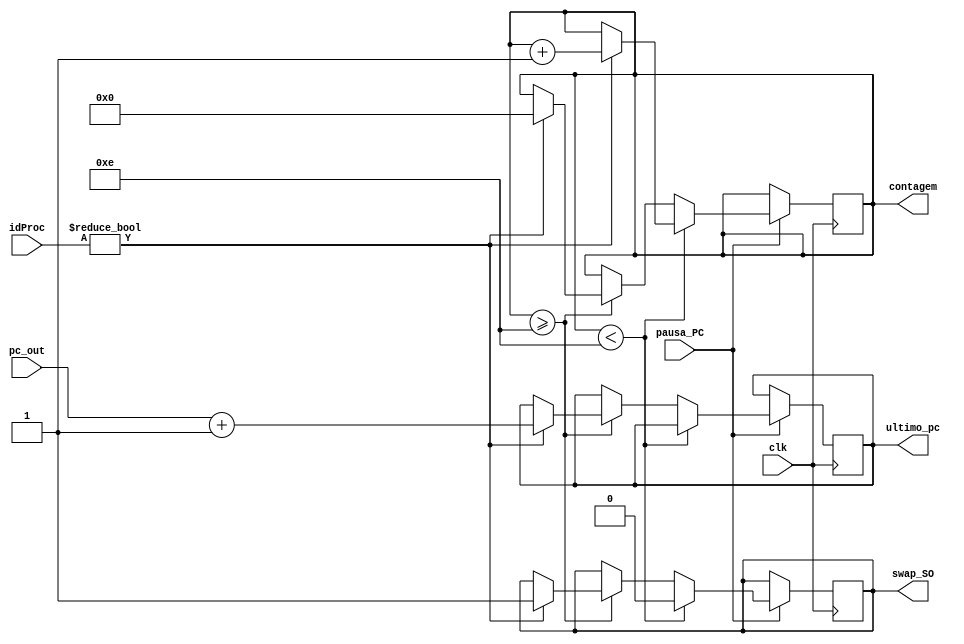
//modulo contador de ciclos de clock para preempcao do processo
module contador (clk, pc_out, ultimo_pc, swap_SO, idProc, contagem, pausa_PC);

input clk; //para contar quantas instruoes foram executadas				-> processador
input [31:0] pc_out; //recebe instruao atual em execuao					-> mem instr
output reg [31:0] ultimo_pc; //armazena a ultima instruao executada			-> processo
output reg [6:0] contagem; //armazenar a quantidade de instruoes executadas		-> local
output reg swap_SO; //sinal de controle de troca de contexto						-> mux prox instr / processo
input [4:0] idProc;
input pausa_PC;

initial
begin
	contagem = 7'd0; //inicia contagem com 0 ciclos
	ultimo_pc = 32'd0; //inicia ultima posicao como 0
end

always@(negedge clk)//na borda de descida do sinal de clock
begin
	if(pausa_PC == 1) //somar somente se o pc nao estiver pausado
	begin
		if(contagem < 7'd14) //nao trocar contexto
	begin
		if(idProc != 5'd0) //nao esta no SO
		begin
			contagem = contagem + 7'd1;
		end
		swap_SO = 1'd0;
		
	end
	else if(contagem >= 7'd14) //trocar contexto
	begin
		if(idProc != 5'd0) //nao esta no SO
		begin
			ultimo_pc = pc_out + 32'd1;
			if(pausa_PC == 1) //pc nao esta pausado
			begin
				contagem = 7'd0;
				swap_SO = 1'd1;
			end
		end
	end
	end
end
endmodule